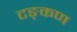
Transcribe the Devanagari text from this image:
टङ्कण